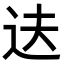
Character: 𬨝